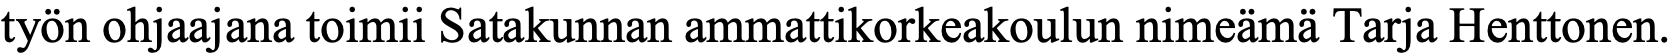
työn ohjaajana toimii Satakunnan ammattikorkeakoulun nimeämä Tarja Henttonen.